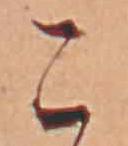
こ